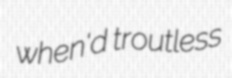
when'd troutless